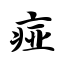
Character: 痖